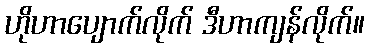
ဟိုဟာပျောက်လိုက် ဒီဟာကျန်လိုက်။